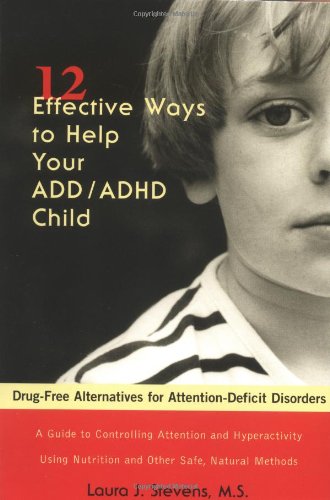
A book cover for Twelve Effective Ways to Help Your ADD/ADHD Child: Drug-Free Alternatives for Attention-Deficit Disorders; Laura J. Stevens; Health, Fitness & Dieting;